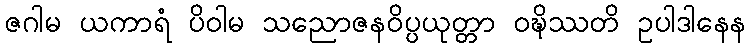
ဇဂါမ ယကာရံ ပိဝါမ သညောဇနဝိပ္ပယုတ္တာ ဝဍ္ဎိဿတိ ဥပါဒါနေန